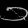
Digit: ၁